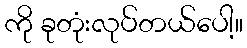
ကို ခုတုံးလုပ်တယ်ပေါ့။